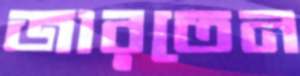
জারতেন